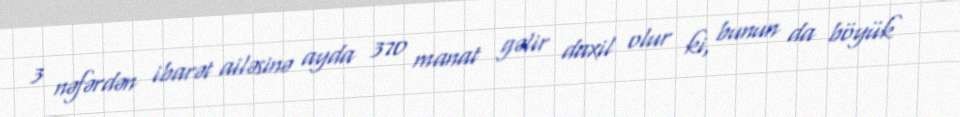
3 nəfərdən ibarət ailəsinə ayda 370 manat gəlir daxil olur ki, bunun da böyük